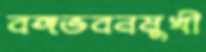
বঙ্গভবনমুখী